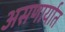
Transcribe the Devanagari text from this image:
असणार्यात